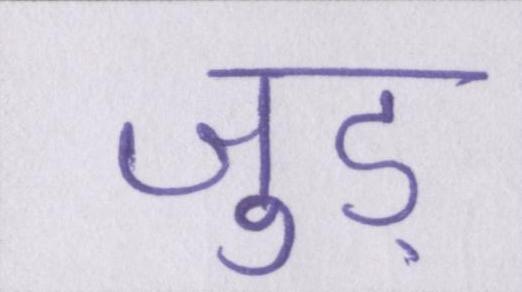
जुड़